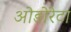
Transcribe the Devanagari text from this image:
ओडोरेटा